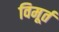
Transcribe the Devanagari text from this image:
विमूर्त